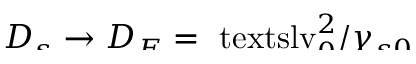
\smash { D _ { s } \to D _ { E } = \ensuremath { \mathrm { \ t e x t s l { v } } _ { 0 } } ^ { 2 } / \gamma _ { s 0 } }